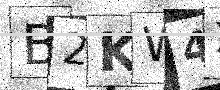
Text: B2KW4X